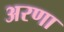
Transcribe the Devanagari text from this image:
अरणा